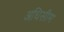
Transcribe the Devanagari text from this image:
अधिसीम